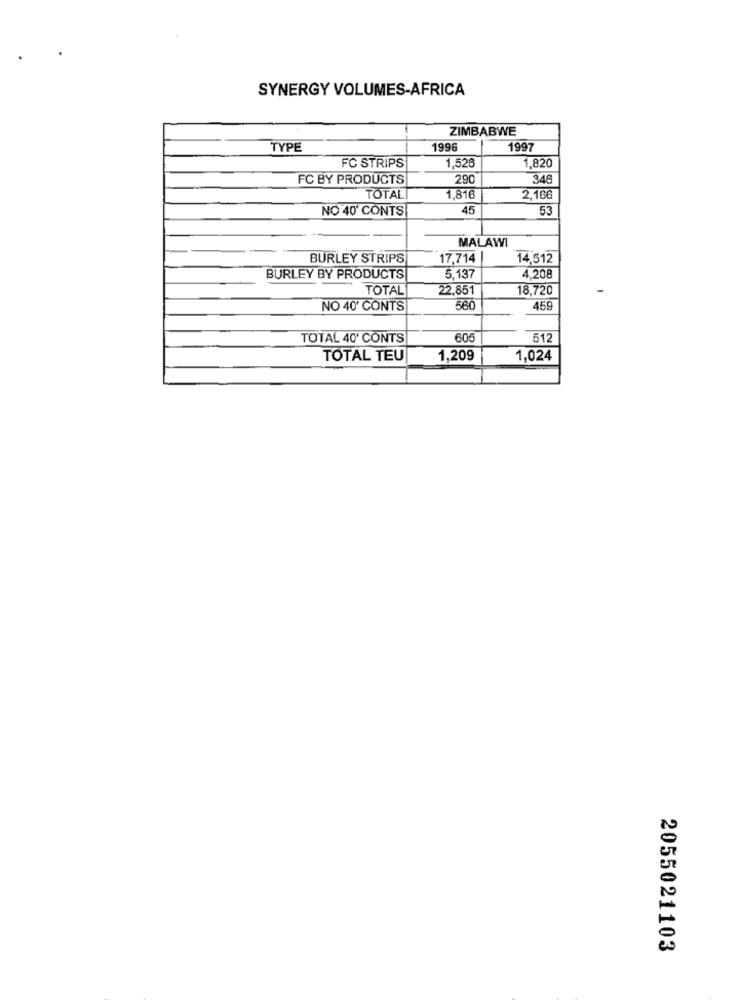
SYNERGY VOLUMES-AFRICA
ZIMBABWE
TYPE
1996
1997
FC STRIPS
1,526
1,820
FC BY PRODUCTS
290
346
TOTAL
1,816
2,106
NO 40' CONTS
45
53
MALAWI
BURLEY STRIPS
17,714 |
14,512
BURLEY BY PRODUCTS
5,137
4.208
TOTAL
22.851
18,720
NO 40' CONTS
560
459
TOTAL 40' CONTS
605
512
TOTAL TEU
1,209
1,024
2055021103